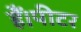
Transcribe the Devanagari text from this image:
हैं।पीटर